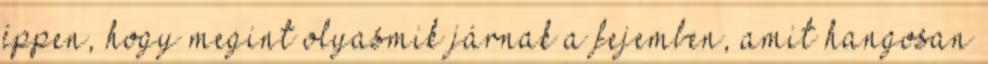
éppen, hogy megint olyasmik járnak a fejemben, amit hangosan